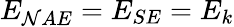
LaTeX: E_{\mathcal{N}AE}=E_{SE}=E_{k}